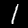
Digit: 1